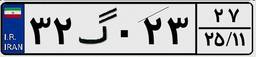
۳۲گ۰۲۳۲۷